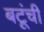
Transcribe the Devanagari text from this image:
बटूंची